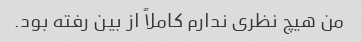
من هیچ نظری ندارم کاملاً از بین رفته بود.